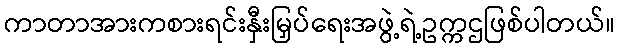
ကာတာအားကစားရင်းနှီးမြှပ်ရေးအဖွဲ့ရဲ့ဥက္ကဌဖြစ်ပါတယ်။